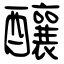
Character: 釀